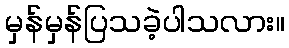
မှန်မှန်ပြသခဲ့ပါသလား။